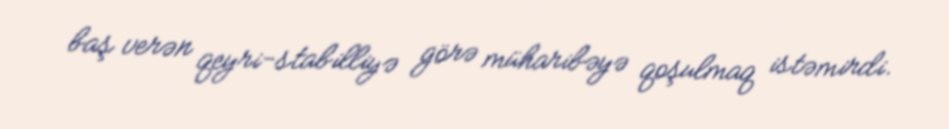
baş verən qeyri-stabilliyə görə müharibəyə qoşulmaq istəmirdi.